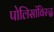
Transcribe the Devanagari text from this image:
पोलिसांविरुद्ध